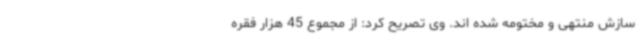
سازش منتهی و مختومه شده اند. وی تصریح کرد: از مجموع 45 هزار فقره